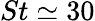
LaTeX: St\simeq 30